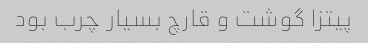
پیتزا گوشت و قارچ بسیار چرب بود